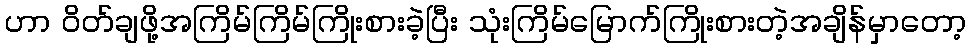
ဟာ ၀ိတ်ချဖို့အကြိမ်ကြိမ်ကြိုးစားခဲ့ပြီး သုံးကြိမ်မြောက်ကြိုးစားတဲ့အချိန်မှာတော့